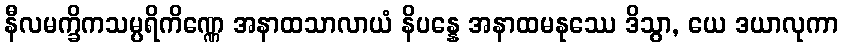
နီလမက္ခိကသမ္ပရိကိဏ္ဏေ အနာထသာလာယံ နိပန္နေ အနာထမနုဿေ ဒိသွာ, ယေ ဒယာလုကာ